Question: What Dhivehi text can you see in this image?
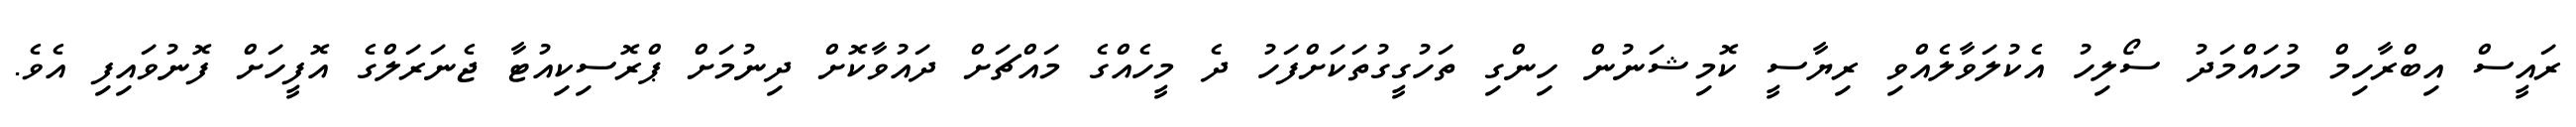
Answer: ރައީސް އިބްރާހިމް މުހައްމަދު ސޯލިހު އެކުލަވާލެއްވި ރިޔާސީ ކޮމިޝަނުން ހިންގި ތަހުގީގުތަކަށްފަހު ދެ މީހެއްގެ މައްޗަށް ދައުވާކޮށް ދިނުމަށް ޕްރޮސިކިއުޓާ ޖެނަރަލްގެ އޮފީހަށް ފޮނުވައިފި އެވެ.